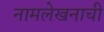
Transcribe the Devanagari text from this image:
नामलेखनाची